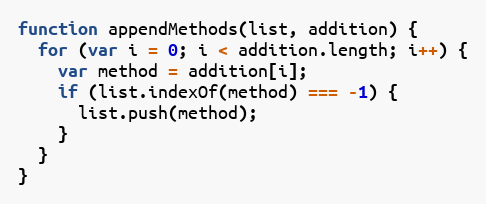
Language: JavaScript
function appendMethods(list, addition) {
  for (var i = 0; i < addition.length; i++) {
    var method = addition[i];
    if (list.indexOf(method) === -1) {
      list.push(method);
    }
  }
}